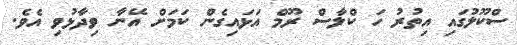
ސްކޫލުގައި އިތުރު ހަ ކްލާސް ރޫމް އަޅައިގެން ކަމަށް އޭނާ ވިދާޅުވި އެވެ.